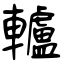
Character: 轤